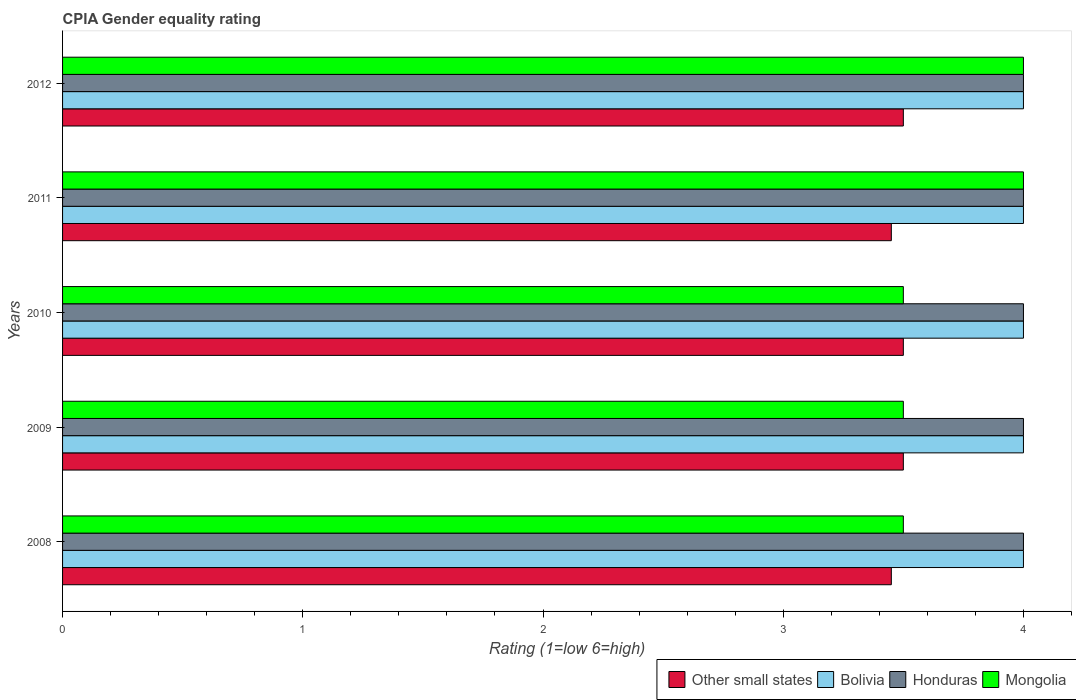
| Years | Other small states | Bolivia | Honduras | Mongolia |
 | --- | --- | --- | --- | --- |
 | 2008 | 3.45 | 4 | 4 | 3.5 |
 | 2009 | 3.5 | 4 | 4 | 3.5 |
 | 2010 | 3.5 | 4 | 4 | 3.5 |
 | 2011 | 3.45 | 4 | 4 | 4 |
 | 2012 | 3.5 | 4 | 4 | 4 |